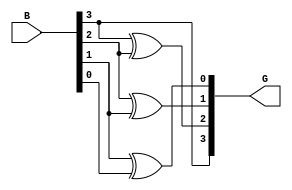
module gray_code_encoder #(parameter n = 4) (
    input  [n-1:0] B,  // n-bit binary input
    output [n-1:0] G   // n-bit Gray code output
);

// Combinational logic to convert binary to Gray code
assign G[n-1] = B[n-1]; // MSB remains the same
genvar i;
generate
    for (i = n-2; i >= 0; i = i - 1) begin : gray_conversion
        assign G[i] = B[i+1] ^ B[i]; // G[i] = B[i+1] XOR B[i]
    end
endgenerate

endmodule